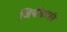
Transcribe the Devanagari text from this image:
जियोग्राफी